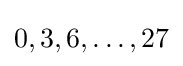
0,3,6,\dots ,27